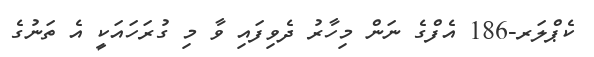
ކެޕްލަރ-186 އެފްގެ ނަން މިހާރު ދެވިފައި ވާ މި ގުރަހައަކީ އެ ތަނުގެ